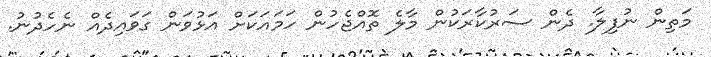
މަތިން ނުފިލާ. ދެން ސަރުކާރަކުން މާލެ ތޮއްޖެހުން ހަމައަކަށް އަޅުވަން ގަވައިދެއް ނެހެދުނު.